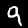
Digit: 9